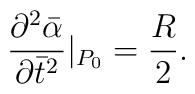
\frac{\partial^2\bar{\alpha}}{\partial \bar{t}^2}|_{P_0} =\frac{R}{2}    .